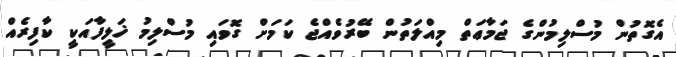
އެގޮތުން މުސްލިމުންގެ ޖަމާޢަތް މިއްލަތުން ބޭރުވެއްޖެ ކަމަށް ގޮވައި މުސްލިމު ޚަލީފާއަކީ ކާފިރެއް